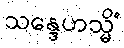
သန္ဒေဟသ္မိံ